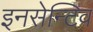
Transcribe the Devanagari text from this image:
इनसेन्टिव